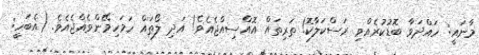
މާނައީ: ހައްދަވާ ބޮޑުކުރެއްވި ރަސްކަލާކޮ! ތަރިތައް އޮއްސިއްޖެއެވެ! އަދި ލޯތައް ހަމަހިމޭންވެއްޖެއެވެ. (އެބަހީ: